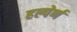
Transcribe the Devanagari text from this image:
हल्पेर्ण